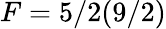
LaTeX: F=5/2(9/2)